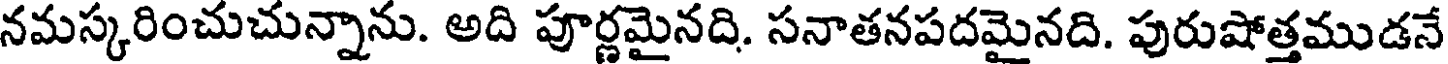
నమస్కరించుచున్నాను. అది పూర్ణమైనది. సనాతనపదమైనది. పురుషోత్తముడనే